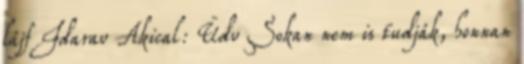
lájf Idarav Akical: Üdv Sokan nem is tudják, honnan